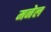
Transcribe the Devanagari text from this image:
मनेल